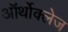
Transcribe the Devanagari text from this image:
ऑर्थोक्लेज